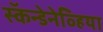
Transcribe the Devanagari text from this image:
स्कॅन्डेनेव्हिया